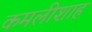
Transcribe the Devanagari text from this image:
कमलीशाह